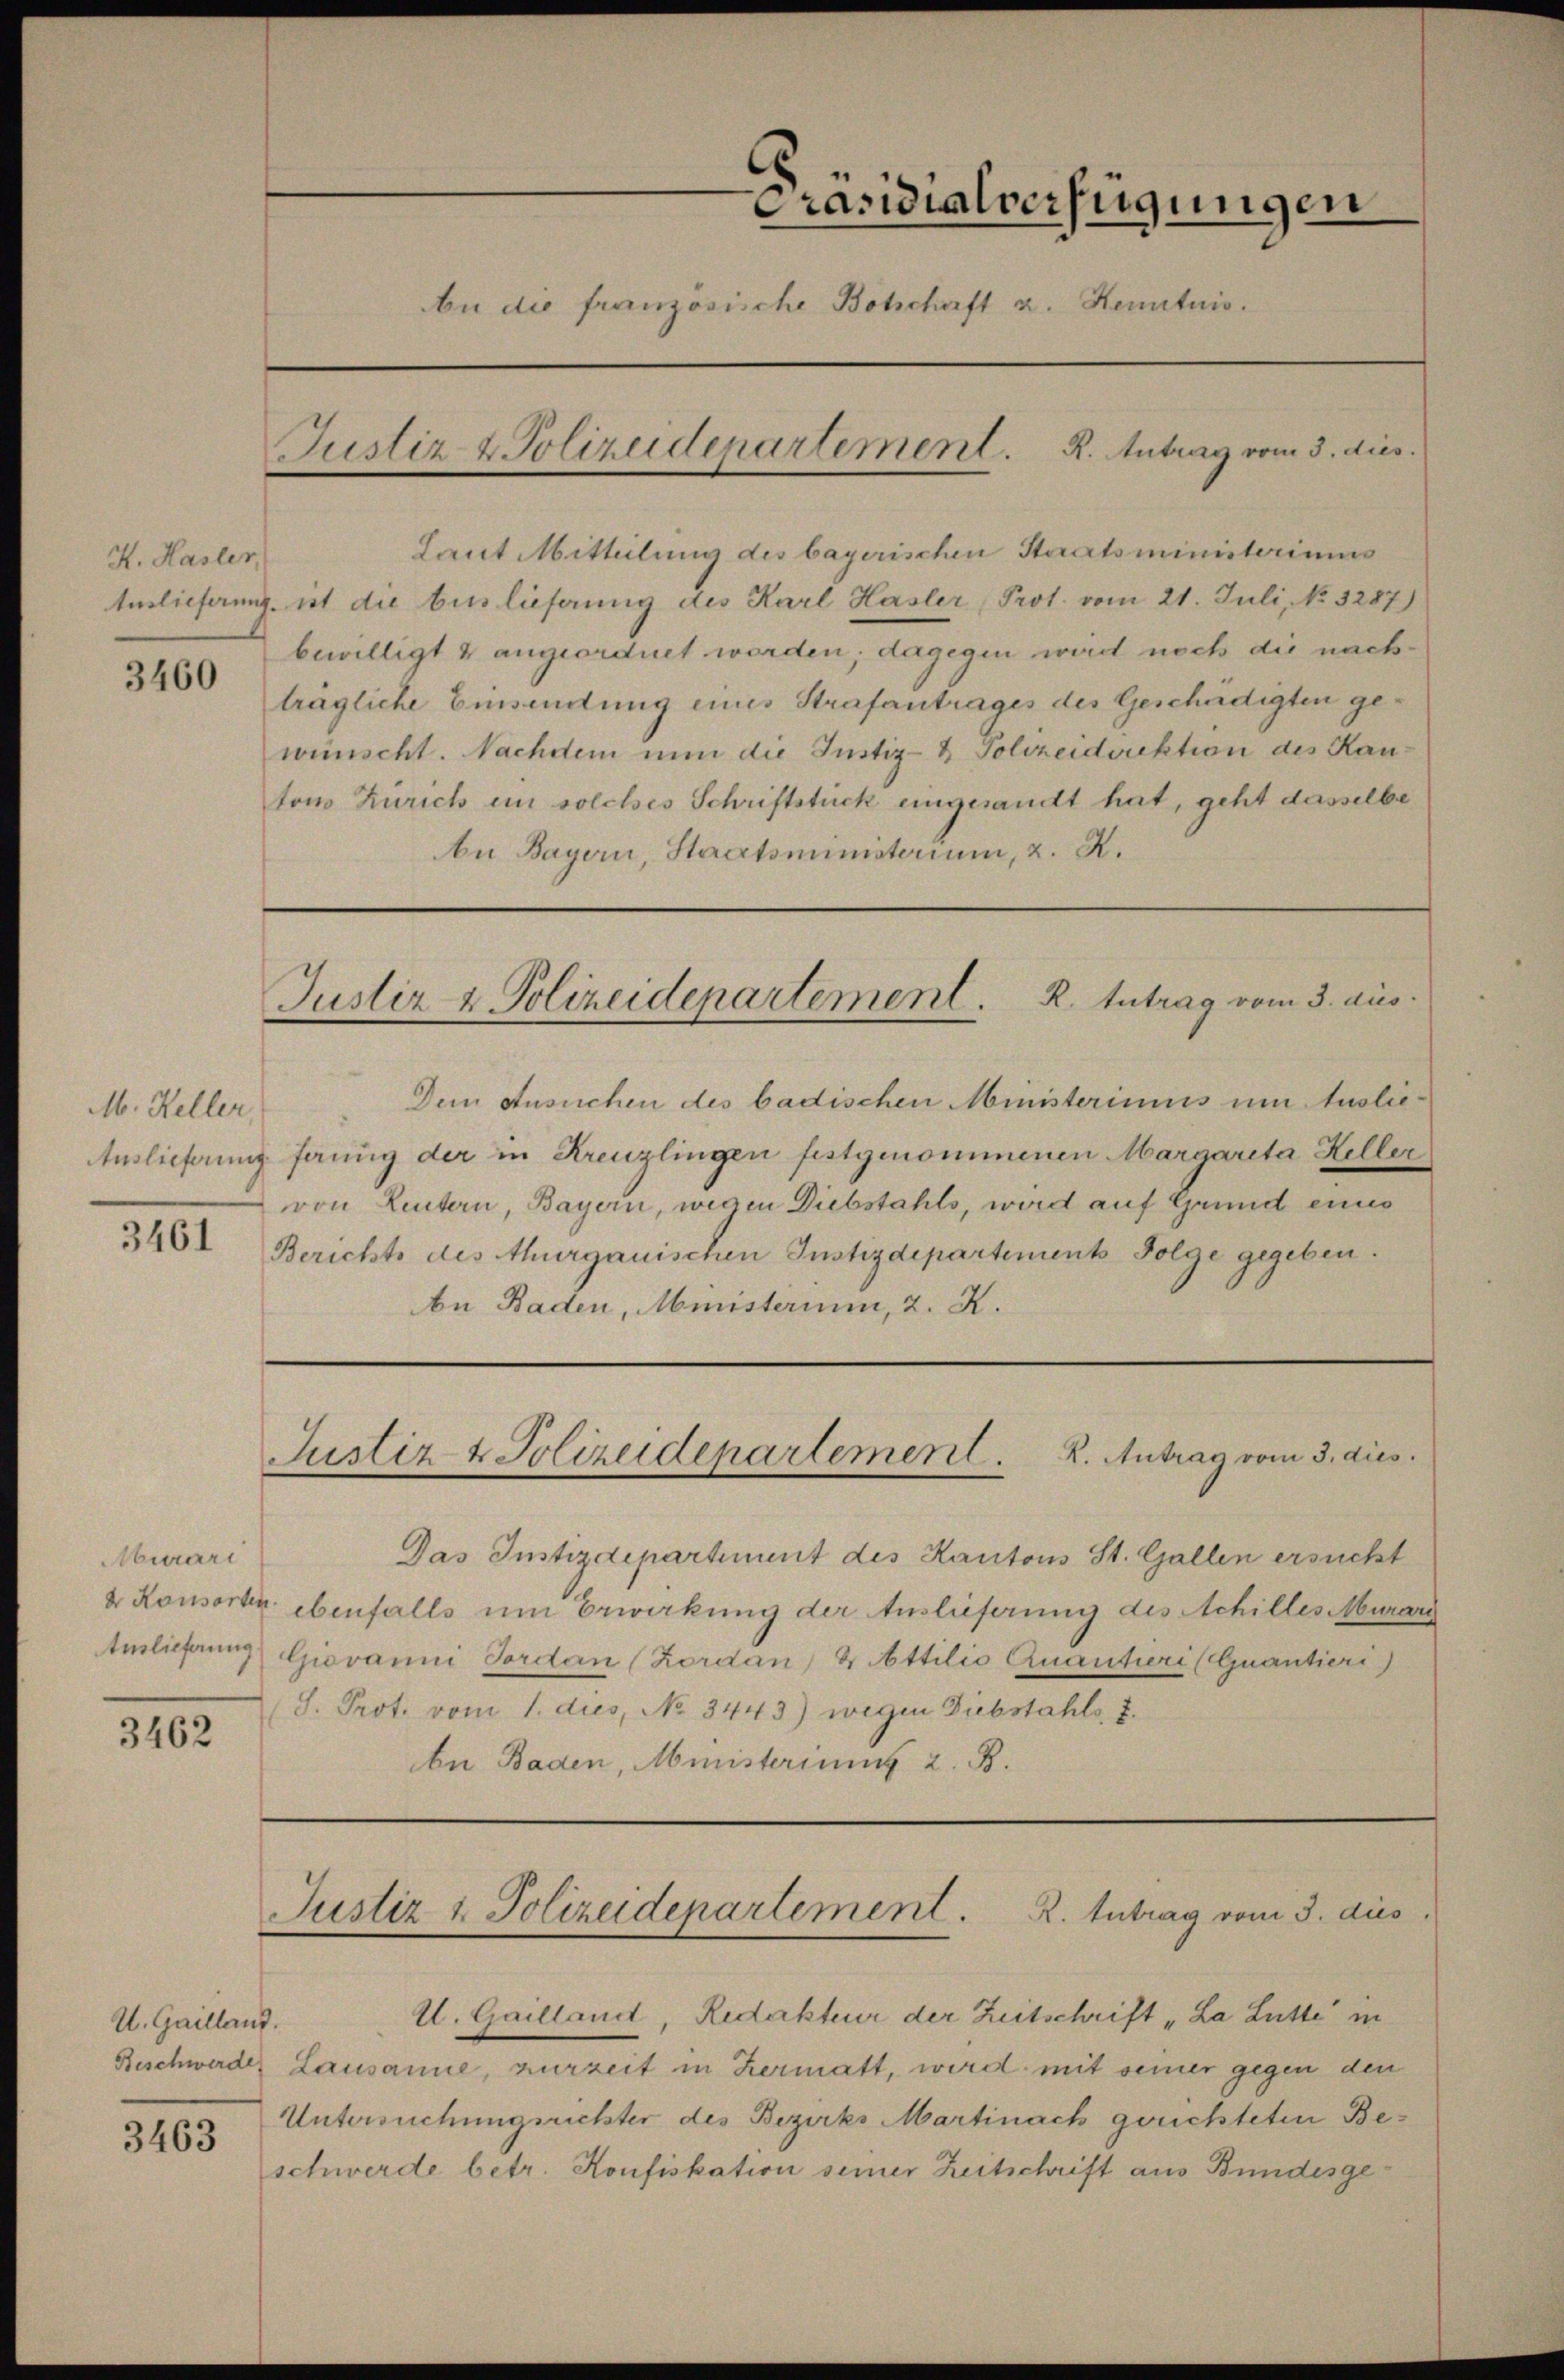
K. Hasler,

3460

M. Keller,
3461

Murari

3462

U. Gailland.

3463

Laut Mitteilung des bayerischen Staatsministeriums
tuslieferung, ist die biss lieferung des Karl Hasler Prot. vom 21. Juli, No. 3287)
bewilligt & angeordnet worden; dagegen wird noch die nachträgliche Einsendung eines Strafantrages des Geschädigten gewünscht. Nachdem nun die Justiz- & Polizeidirektion des Kantons Zürich ein solches Schriftstück eingesandt hat, geht dasselbe
An Bayern, Staatsministerium, z. R.

Präsidialverfügungen
An die französische Botschaft u. Henntnis.
Justiz & Polizeidepartement. R. Antrag vom 3. dies.

Dem Ansuchen des badischen Ministeriums um Auslie¬
Auslieferung ferung der in Kreuzlingen festgenommenen Margareta Heller
von Leutern, Bayern, wegen Diebstahls, wird auf Grund eines
Berichts des thurgauischen Justizdepartements Folge gegeben.
be Baden, Ministerium, 2. X.

Das Instizdepartiment des Kantons St. Gallen ersucht
& Konsorten ebenfalls um Erwirkung der Auslieferung des Achilles Murari
terlicherung Giovanni Jordan (Kordan & Attilio Quantieri (Quantieri)
S. Prot. vom 1. dies, No 3443) wegen Diebstahls, 7.
bn Baden, Ministeriums 2. B.

Justiz & Polizeidepartement. R. Intrag vom 3. aus.

Justiz- & Polizeidepartement. K. Antrag vom 3. dies

Justiz & Polizeidepartement. K. Antrag vom 3. dies

U. Gailland, Redakteur der Zeitschrift „La Lutte in
Beschwerde Lausanne, zurzeit in Hermatt, wird mit seiner gegen den
Untersuchungsrichter des Bezirks Martinach geruchteten Beschwerde betr. Konfiskation seiner Zeitschrift aus Bundesge¬